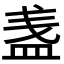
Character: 𥁫